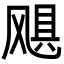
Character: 飓